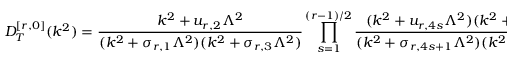
D _ { T } ^ { [ r , 0 ] } ( k ^ { 2 } ) = \frac { k ^ { 2 } + u _ { r , 2 } \Lambda ^ { 2 } } { ( k ^ { 2 } + \sigma _ { r , 1 } \Lambda ^ { 2 } ) ( k ^ { 2 } + \sigma _ { r , 3 } \Lambda ^ { 2 } ) } \prod _ { s = 1 } ^ { ( r - 1 ) / 2 } \frac { ( k ^ { 2 } + u _ { r , 4 s } \Lambda ^ { 2 } ) ( k ^ { 2 } + u _ { r , 4 s + 2 } \Lambda ^ { 2 } ) } { ( k ^ { 2 } + \sigma _ { r , 4 s + 1 } \Lambda ^ { 2 } ) ( k ^ { 2 } + \sigma _ { r , 4 s + 3 } \Lambda ^ { 2 } ) } \, ,